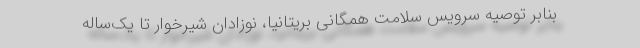
بنابر توصیه سرویس سلامت همگانی بریتانیا، نوزادان شیرخوار تا یک‌ساله